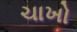
ચાખો